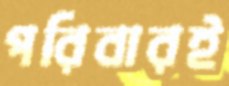
পরিবারই